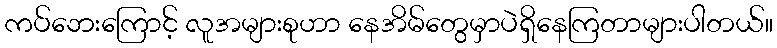
ကပ်ဘေးကြောင့် လူအများစုဟာ နေအိမ်တွေမှာပဲရှိနေကြတာများပါတယ်။